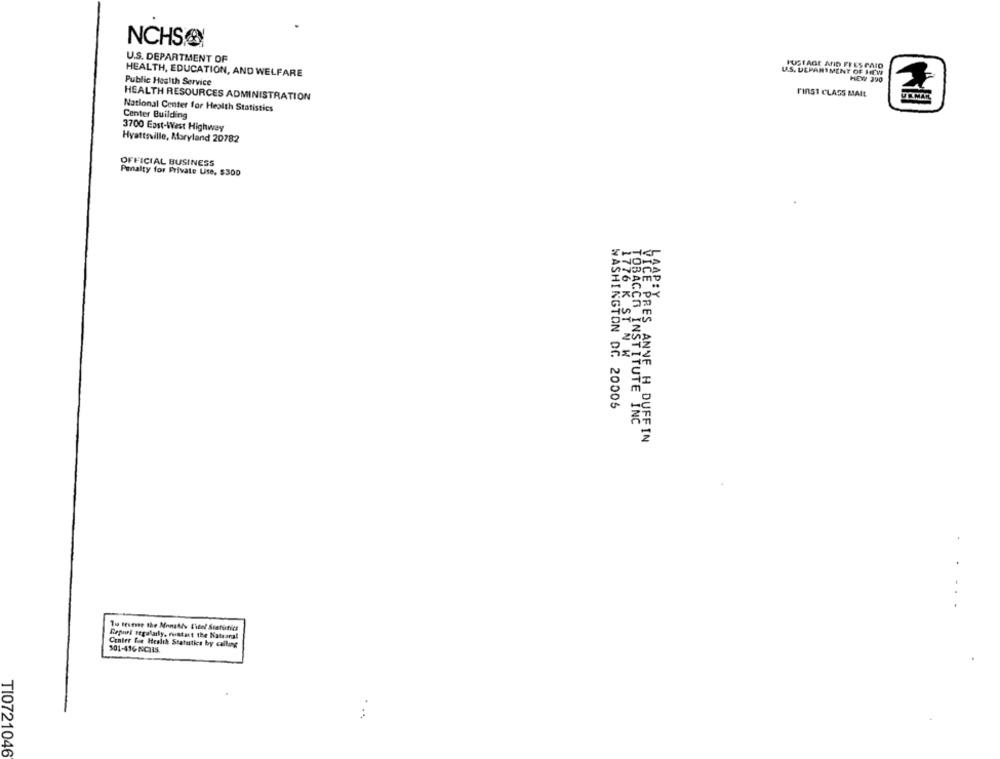
NCHS®
U.S. DEPARTMENT OF
FUSTAGE ARID FFES PAID
HEALTH, EDUCATION, AND WELFARE
U.S. DEPARTMENT OF HEW
Public Health Service
HEW 390
HEALTH RESOURCES ADMINISTRATION
FIRST CLASS MAIL
National Center for Health Statistics
Center Building
3700 East-West Highway
Hyattsville, Maryland 20782
OFFICIAL BUSINESS
Penalty for Private Use, $300
1776 K ST N W
WASHINGTON DC 20005
TOBACCO INSTITUTE INC
VICE PRES ANVE H_DUFFIN
. .
Tu tevere the MonaAs Eicel Statunics
Report regularly, rustat the Natsanal
Center fie Health Statutics by calling
501-436 NCHIS.
TI0721046